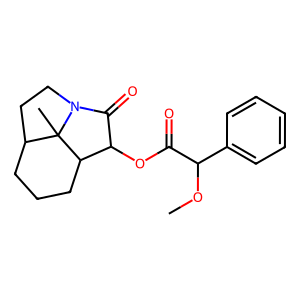
SMILES: COC(C(=O)OC1C(=O)N2CCC3CCCC1C32C)c1ccccc1
Inhibits HIV replication: No